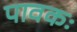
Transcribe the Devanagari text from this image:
पावकः